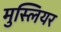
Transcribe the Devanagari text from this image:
मुस्लियर